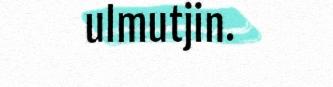
ulmutjin.